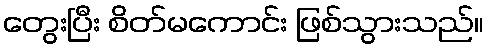
တွေးပြီး စိတ်မကောင်း ဖြစ်သွားသည်။